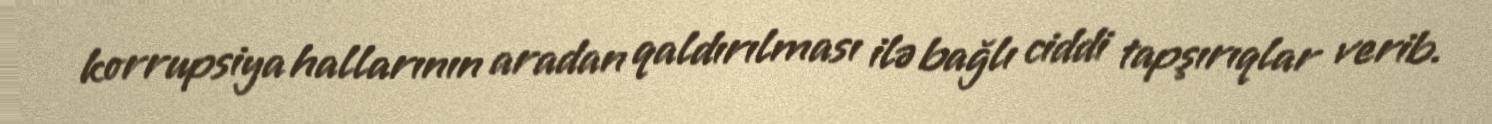
korrupsiya hallarının aradan qaldırılması ilə bağlı ciddi tapşırıqlar verib.